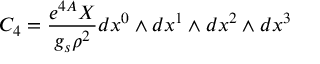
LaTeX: C _ { 4 } = \frac { e ^ { 4 A } X } { g _ { s } \rho ^ { 2 } } d x ^ { 0 } \wedge d x ^ { 1 } \wedge d x ^ { 2 } \wedge d x ^ { 3 }